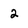
Character: 2